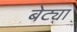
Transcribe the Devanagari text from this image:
बेट्या